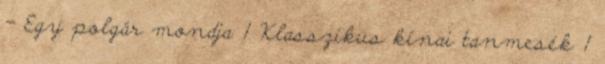
- Egy polgár mondja 1 Klasszikus kínai tanmesék 1